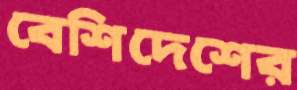
বেশিদেশের